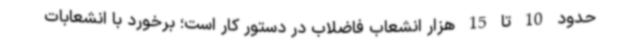
حدود 10 تا 15 هزار انشعاب فاضلاب در دستور کار است‌؛ برخورد با انشعابات